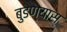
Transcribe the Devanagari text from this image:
बुडण्यास